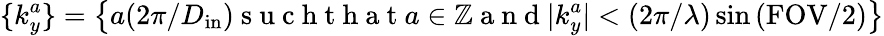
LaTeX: \{ k_{y}^{a}\} =\left\{ a(2\pi/D_{\mathrm{in}})\mathrm{~s~u~c~h~t~h~a~t~}a\in\mathbb{Z}\mathrm{~a~n~d~}|k_{y}^{a}|<(2\pi/\lambda)\sin{(\mathrm{FOV/2)}}\right\}